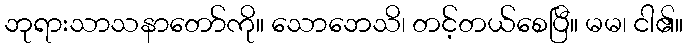
ဘုရားသာသနာတော်ကို။ သောဘေသိ၊ တင့်တယ်စေပြီ။ မမ၊ ငါ၏။